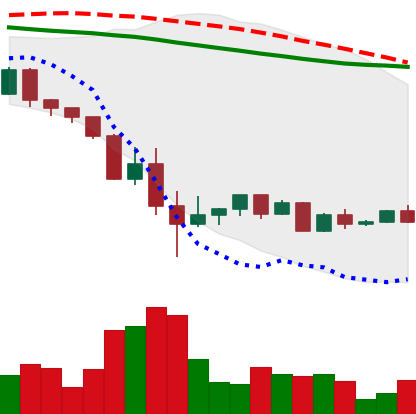
Ticker: ETH-USD
Chart end date: 2022-05-23
Forward return: -10.863%
Label: down_7plus